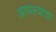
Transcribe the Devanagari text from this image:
आणल्याचा